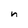
Character: n